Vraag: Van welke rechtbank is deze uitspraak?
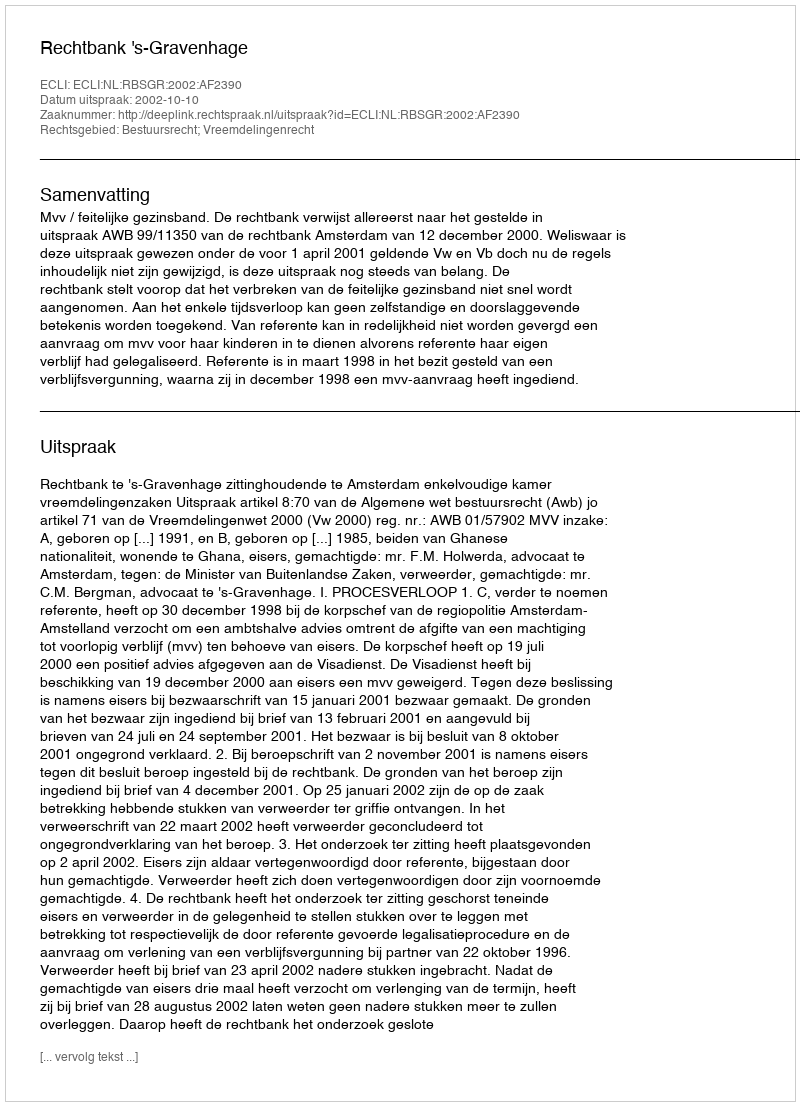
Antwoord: Rechtbank 's-Gravenhage